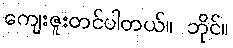
ကျေးဇူးတင်ပါတယ်။ ဘိုင်။